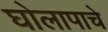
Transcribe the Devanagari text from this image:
घोलापाचे